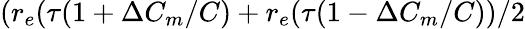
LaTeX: (r_{e}(\tau(1+\Delta C_{m}/C)+r_{e}(\tau(1-\Delta C_{m}/C))/2